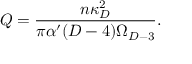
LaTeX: Q = { \frac { n \kappa _ { D } ^ { 2 } } { \pi \alpha ^ { \prime } ( D - 4 ) \Omega _ { D - 3 } } } .